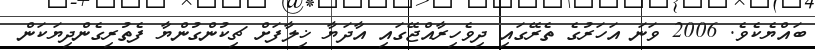
ބައްޔެކެވެ. 2006 ވަނަ އަހަރުގެ ތެރޭގައި ދިވެހިރާއްޖޭގައި އާދަޔާ ޚިލާފަށް ޗިކުންގުންޔާ ފެތުރިގެންދިޔަކަން